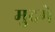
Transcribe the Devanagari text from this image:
मुदमे